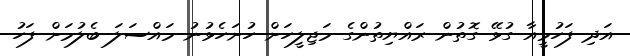
އަދި ފަހުމީއާ ގުޅޭ ގޮތުން ރައްޔިތުންގެ މަޖިލީހަށް ހުށަހެޅުނު މައްސަލަ ބެލުމަށް ފަހު